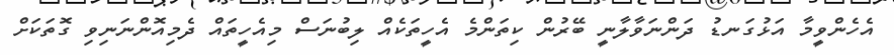
އެހެންވީމާ އަޅުގަނޑު ދަންނަވާލާނީ ބޭރުން ކިތަންމެ އެހީތަކެއް ލިބުނަސް މިއެހީތައް ދެމިއޮންނަނިވި ގޮތަކަށް